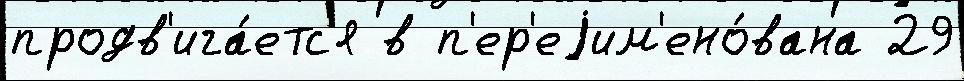
продв'ига́етс'я в п'ер'еjим'ено́вана 29